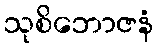
သုစိဘောဇနံ